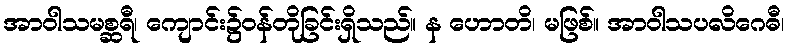
အာဝါသမစ္ဆရီ၊ ကျောင်း၌ဝန်တိုခြင်းရှိသည်။ န ဟောတိ၊ မဖြစ်။ အာဝါသပလိဂေဓီ၊